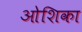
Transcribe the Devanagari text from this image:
ओशिका